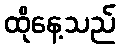
ထိုနေ့သည်